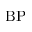
\mathrm { B P }